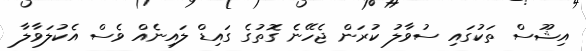
އިޝޫސް ތަކުގައި ސުވާލު ކުރަން ޖެހޭނެ ގޮތުގެ ގައިޑް ލައިނެއް ވެސް އެކުލަވާލާ